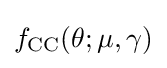
f_{\text{CC}}(\theta ;\mu ,\gamma )